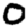
Digit: 0